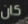
كان